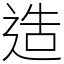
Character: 造